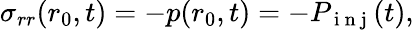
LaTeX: \sigma_{rr}(r_{0},t)=-p(r_{0},t)=-P_{\mathrm{~i~n~j~}}(t),